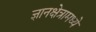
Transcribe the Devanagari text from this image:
ज्ञानक्षेत्रामध्ये